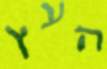
העץ